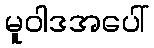
မူဝါဒအပေါ်